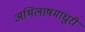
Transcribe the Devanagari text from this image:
अभिलाषमाधुरी